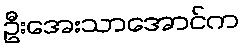
ဦးအေးသာအောင်က